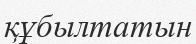
құбылтатын